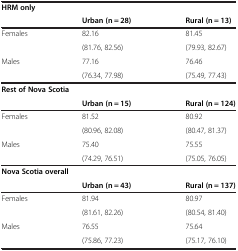
<table><thead><tr><td colspan="2"><b>HRM only</b></td><td><b> </b></td></tr><tr><td><b> </b></td><td><b>Urban (n = 28)</b></td><td><b>Rural (n = 13)</b></td></tr></thead><tbody><tr><td rowspan="2">Females</td><td>82.16</td><td>81.45</td></tr><tr><td>(81.76, 82.56)</td><td>(79.93, 82.67)</td></tr><tr><td rowspan="2">Males</td><td>77.16</td><td>76.46</td></tr><tr><td>(76.34, 77.98)</td><td>(75.49, 77.43)</td></tr><tr><td colspan="2"><b>Rest of Nova Scotia</b></td><td> </td></tr><tr><td> </td><td><b>Urban (n = 15)</b></td><td><b>Rural (n = 124)</b></td></tr><tr><td rowspan="2">Females</td><td>81.52</td><td>80.92</td></tr><tr><td>(80.96, 82.08)</td><td>(80.47, 81.37)</td></tr><tr><td rowspan="2">Males</td><td>75.40</td><td>75.55</td></tr><tr><td>(74.29, 76.51)</td><td>(75.05, 76.05)</td></tr><tr><td colspan="2"><b>Nova Scotia overall</b></td><td> </td></tr><tr><td> </td><td><b>Urban (n = 43)</b></td><td><b>Rural (n = 137)</b></td></tr><tr><td rowspan="2">Females</td><td>81.94</td><td>80.97</td></tr><tr><td>(81.61, 82.26)</td><td>(80.54, 81.40)</td></tr><tr><td rowspan="2">Males</td><td>76.55</td><td>75.64</td></tr><tr><td>(75.86, 77.23)</td><td>(75.17, 76.10)</td></tr></tbody></table>